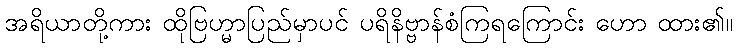
အရိယာတို့ကား ထိုဗြဟ္မာပြည်မှာပင် ပရိနိဗ္ဗာန်စံကြရကြောင်း ဟော ထား၏။